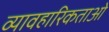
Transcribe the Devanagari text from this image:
व्यावहारिकताओ